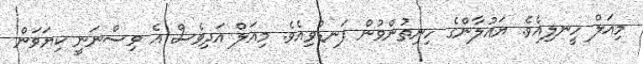
މިއަލް ހީނލިއެވެ. ޔައުލާންގެ ހިނިތުންވުން ފަނޑުވިއެވެ. މިއަލް އަދިވެސް އެ ވިސްނަނީ ކިޔަވަން